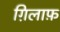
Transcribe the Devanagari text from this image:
ग़िलाफ़